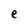
Character: e